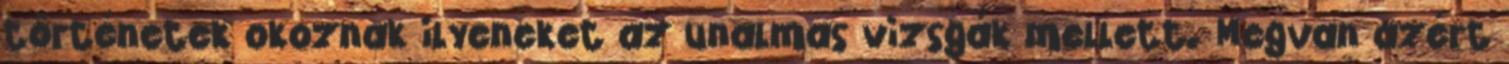
történetek okoznak ilyeneket az unalmas vizsgák mellett. Megvan azért